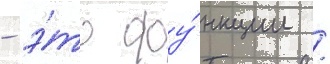
- э́то фу́нкции /